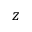
z